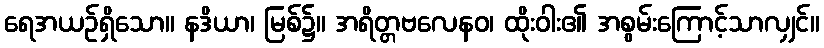
ရေအယဉ်ရှိသော။ နဒိယာ၊ မြစ်၌။ အရိတ္တဗလေနဝ၊ ထိုးဝါး၏ အစွမ်းကြောင့်သာလျှင်။